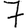
Digit: 7